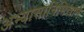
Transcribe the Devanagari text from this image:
अभ्यासानिमित्ताने